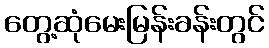
တွေ့ဆုံမေးမြန်းခန်းတွင်